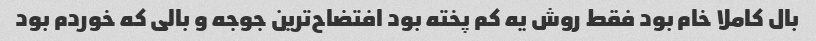
بال کاملا خام بود فقط روش یه کم پخته بود افتضاح‌ترین جوجه و بالی که خوردم بود